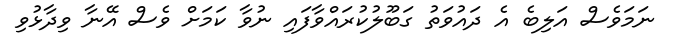
ނަމަވެސް އަލިބެ އެ ދައުވަތު ގަބޫލުކުރައްވާފައި ނުވާ ކަމަށް ވެސް އޭނާ ވިދާޅުވި